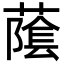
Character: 䕃